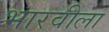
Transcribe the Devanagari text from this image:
भारवीला